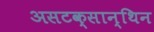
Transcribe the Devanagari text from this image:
असटक्सान्थिन